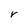
Character: r